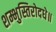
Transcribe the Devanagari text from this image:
शम्भुस्तिरोदधे॥